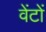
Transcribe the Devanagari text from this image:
वेंटों